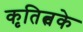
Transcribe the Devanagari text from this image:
कृतित्वके